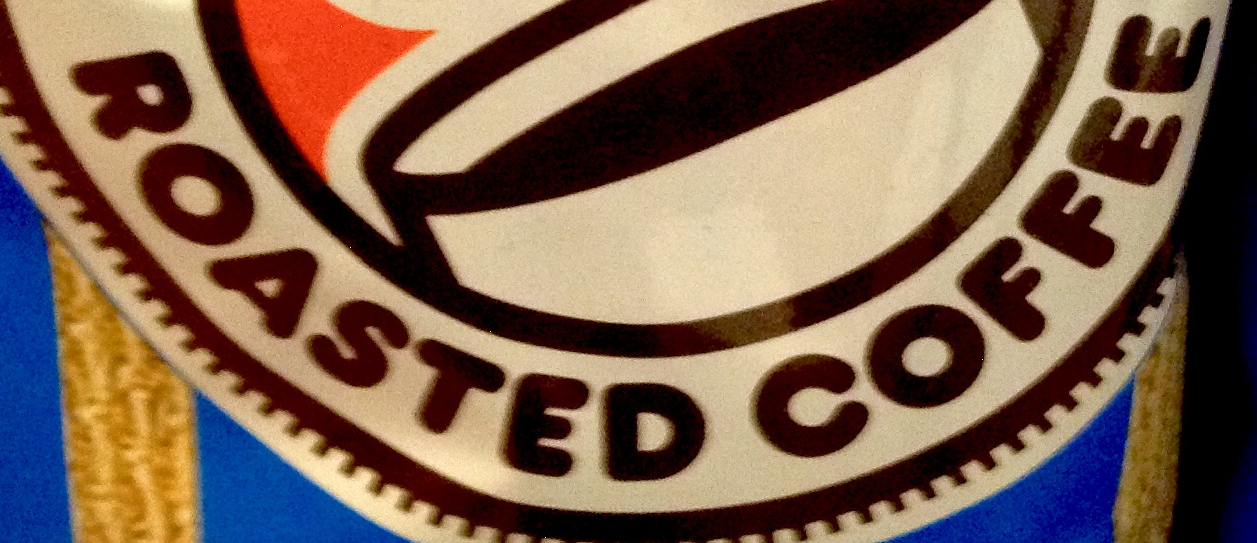
ROASTED COFFEE